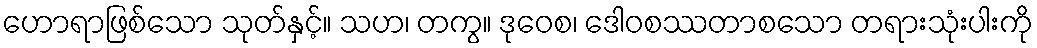
ဟောရာဖြစ်သော သုတ်နှင့်။ သဟ၊ တကွ။ ဒုဝေစ၊ ဒေါဝစဿတာစသော တရားသုံးပါးကို